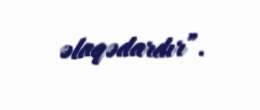
əlaqədardır”.